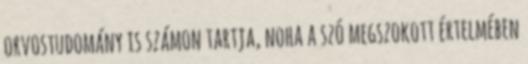
orvostudomány is számon tartja, noha a szó megszokott értelmében